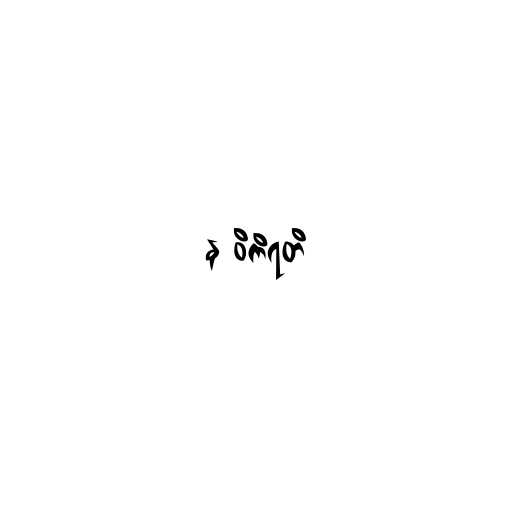
န ဝိကိရတိ